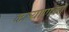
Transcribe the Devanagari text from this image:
कल्याणकी